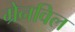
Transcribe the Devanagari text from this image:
ग्रेनविल